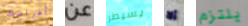
أغراضك عن يسيطر ألا يلتزم